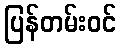
ပြန်တမ်းဝင်